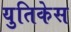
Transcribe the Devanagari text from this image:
युतिकेस